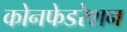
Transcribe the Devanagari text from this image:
कोनफेडरेशन